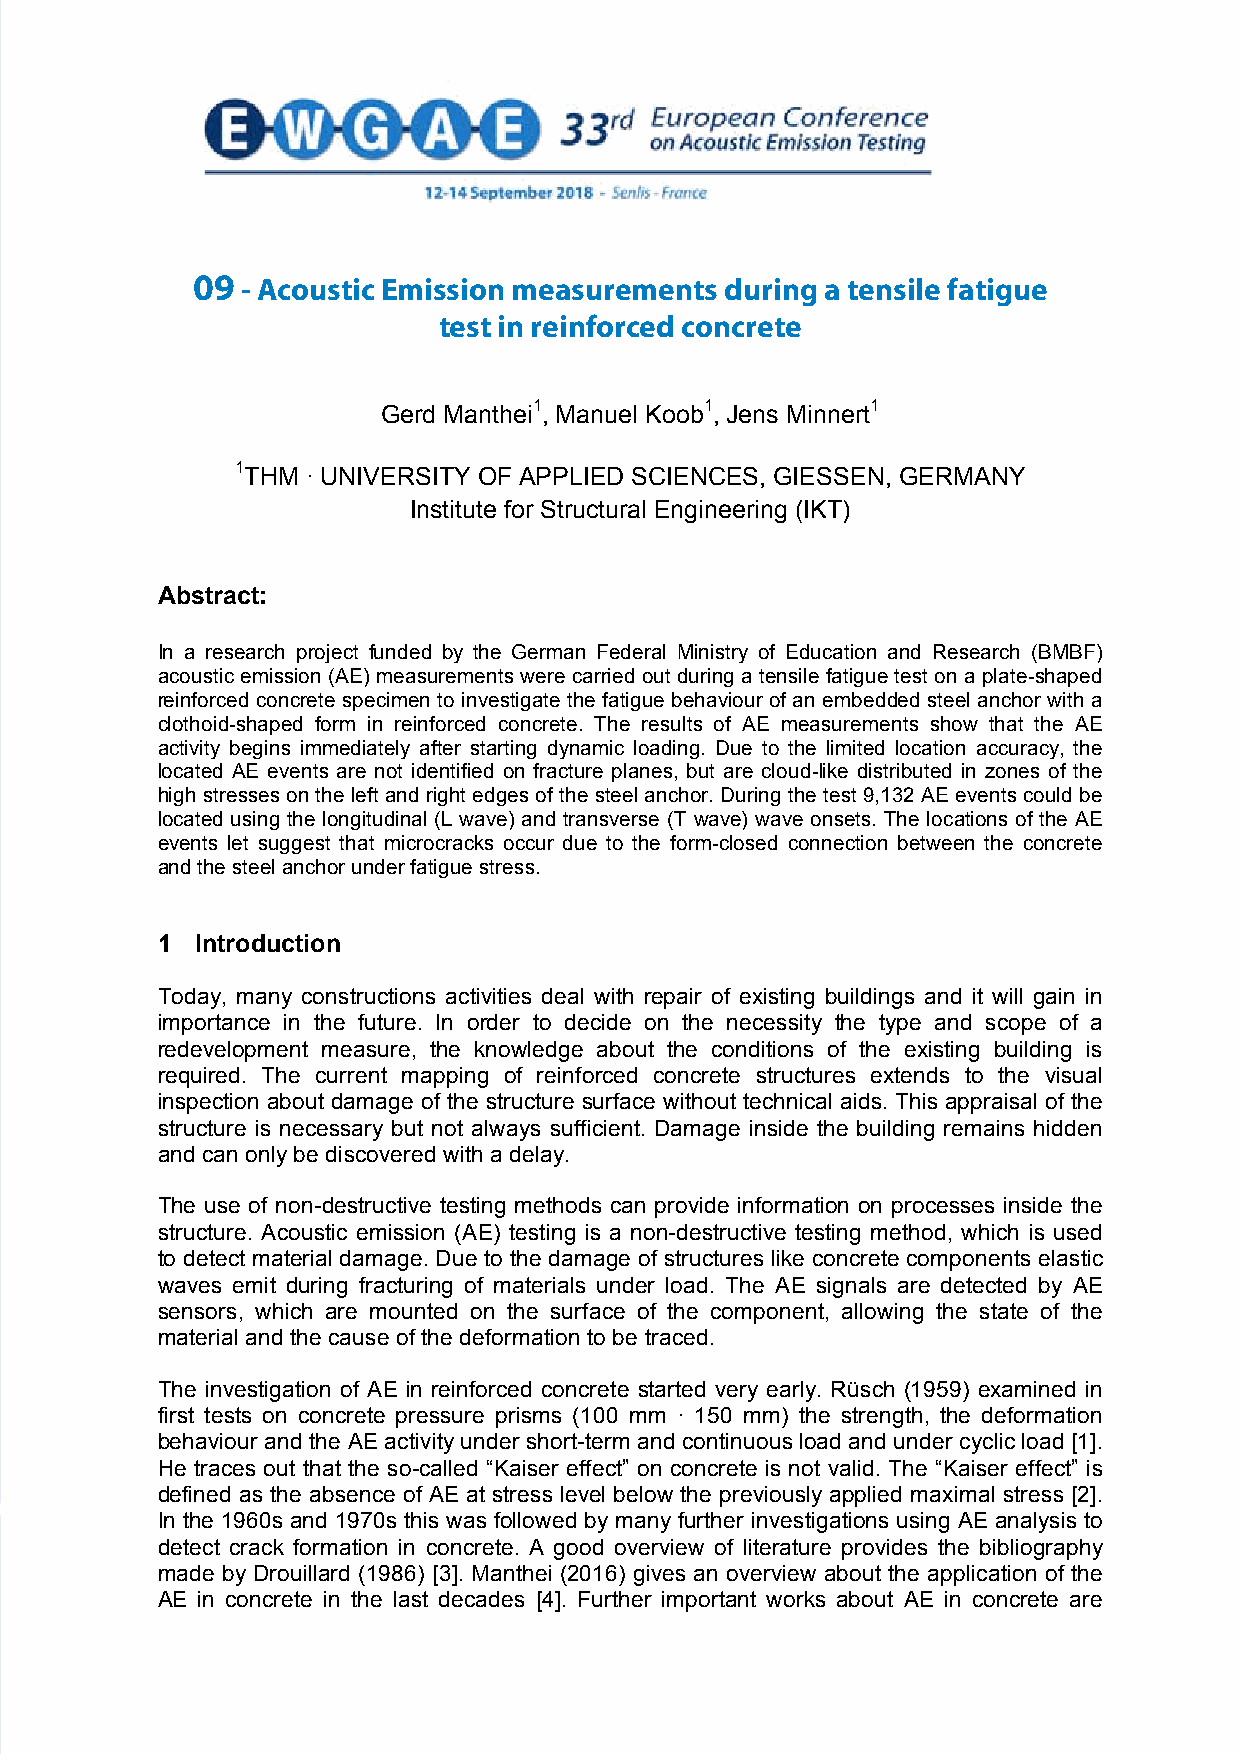
09 - Acoustic Emission measurements during a tensile fatigue
 ACOUSTIC  EMISSION  MEASUREMENTS     DURING   A TENSILE
 test in reinforced concrete
 FATIGUE  TEST  IN REINFORCED  CONCRETE
 Gerd Manthei1, Manuel Koob1, Jens Minnert1
 1THM · UNIVERSITY OF APPLIED SCIENCES, GIESSEN, GERMANY
 Institute for Structural Engineering (IKT)
 Abstract:
 In a research project funded by the German Federal Ministry of Education and Research (BMBF)
 acoustic emission (AE) measurements were carried out during a tensile fatigue test on a plate-shaped
 reinforced concrete specimen to investigate the fatigue behaviour of an embedded steel anchor with a
 clothoid-shaped form in reinforced concrete. The results of AE measurements show that the AE
 activity begins immediately after starting dynamic loading. Due to the limited location accuracy, the
 located AE events are not identified on fracture planes, but are cloud-like distributed in zones of the
 high stresses on the left and right edges of the steel anchor. During the test 9,132 AE events could be
 located using the longitudinal (L wave) and transverse (T wave) wave onsets. The locations of the AE
 events let suggest that microcracks occur due to the form-closed connection between the concrete
 and the steel anchor under fatigue stress.
 1  Introduction
 Today, many constructions activities deal with repair of existing buildings and it will gain in
 importance in the future. In order to decide on the necessity the type and scope of a
 redevelopment measure, the knowledge about the conditions of the existing building is
 required. The current mapping of reinforced concrete structures extends to the visual
 inspection about damage of the structure surface without technical aids. This appraisal of the
 structure is necessary but not always sufficient. Damage inside the building remains hidden
 and can only be discovered with a delay.
 The use of non-destructive testing methods can provide information on processes inside the
 structure. Acoustic emission (AE) testing is a non-destructive testing method, which is used
 to detect material damage. Due to the damage of structures like concrete components elastic
 waves emit during fracturing of materials under load. The AE signals are detected by AE
 sensors, which are mounted on the surface of the component, allowing the state of the
 material and the cause of the deformation to be traced.
 The investigation of AE in reinforced concrete started very early. Rüsch (1959) examined in
 first tests on concrete pressure prisms (100 mm · 150 mm) the strength, the deformation
 behaviour and the AE activity under short-term and continuous load and under cyclic load [1].
 He traces out that the so-called “Kaiser effect” on concrete is not valid. The “Kaiser effect” is
 defined as the absence of AE at stress level below the previously applied maximal stress [2].
 In the 1960s and 1970s this was followed by many further investigations using AE analysis to
 detect crack formation in concrete. A good overview of literature provides the bibliography
 made by Drouillard (1986) [3]. Manthei (2016) gives an overview about the application of the
 AE in concrete in the last decades [4]. Further important works about AE in concrete are
 1